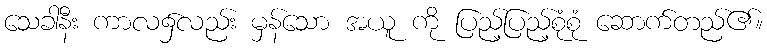
သေခါနီး ကာလ၌လည်း မှန်သော အယူ ကို ပြည့်ပြည့်စုံစုံ ဆောက်တည်၏။